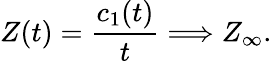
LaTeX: Z(t)=\frac{c_{1}(t)}{t}\Longrightarrow Z_{\infty}.